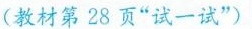
(教材第28页”试一试”)